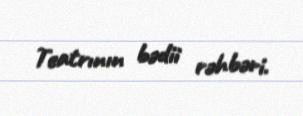
Teatrının bədii rəhbəri.